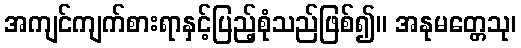
အကျင်ကျက်စားရာနှင့်ပြည့်စုံသည်ဖြစ်၍။ အနုမတ္တေသု၊